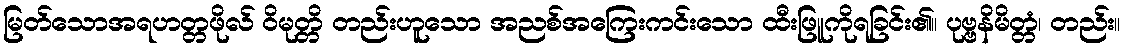
မြတ်သောအရဟတ္တဖိုလ် ဝိမုတ္တိ တည်းဟူသော အညစ်အကြေးကင်းသော ထီးဖြူကိုရခြင်း၏။ ပုဗ္ဗနိမိတ္တံ၊ တည်း။